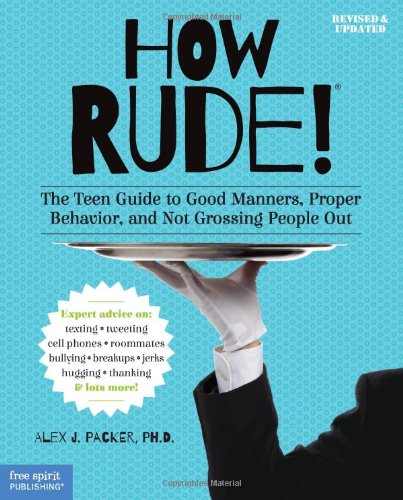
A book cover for How Rude!: The Teen Guide to Good Manners, Proper Behavior, and Not Grossing People Out; Alex J. Packer Ph.D.; Teen & Young Adult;